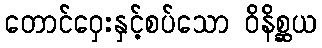
တောင်ဝှေးနှင့်စပ်သော ဝိနိစ္ဆယ